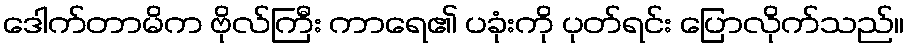
ဒေါက်တာမိက ဗိုလ်ကြီး ကာရေ၏ ပခုံးကို ပုတ်ရင်း ပြောလိုက်သည်။